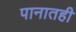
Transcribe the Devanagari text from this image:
पानातही